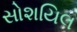
સોશયિલ